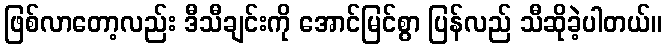
ဖြစ်လာတော့လည်း ဒီသီချင်းကို အောင်မြင်စွာ ပြန်လည် သီဆိုခဲ့ပါတယ်။